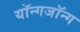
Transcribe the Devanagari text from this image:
यॉन्गजॉन्ग